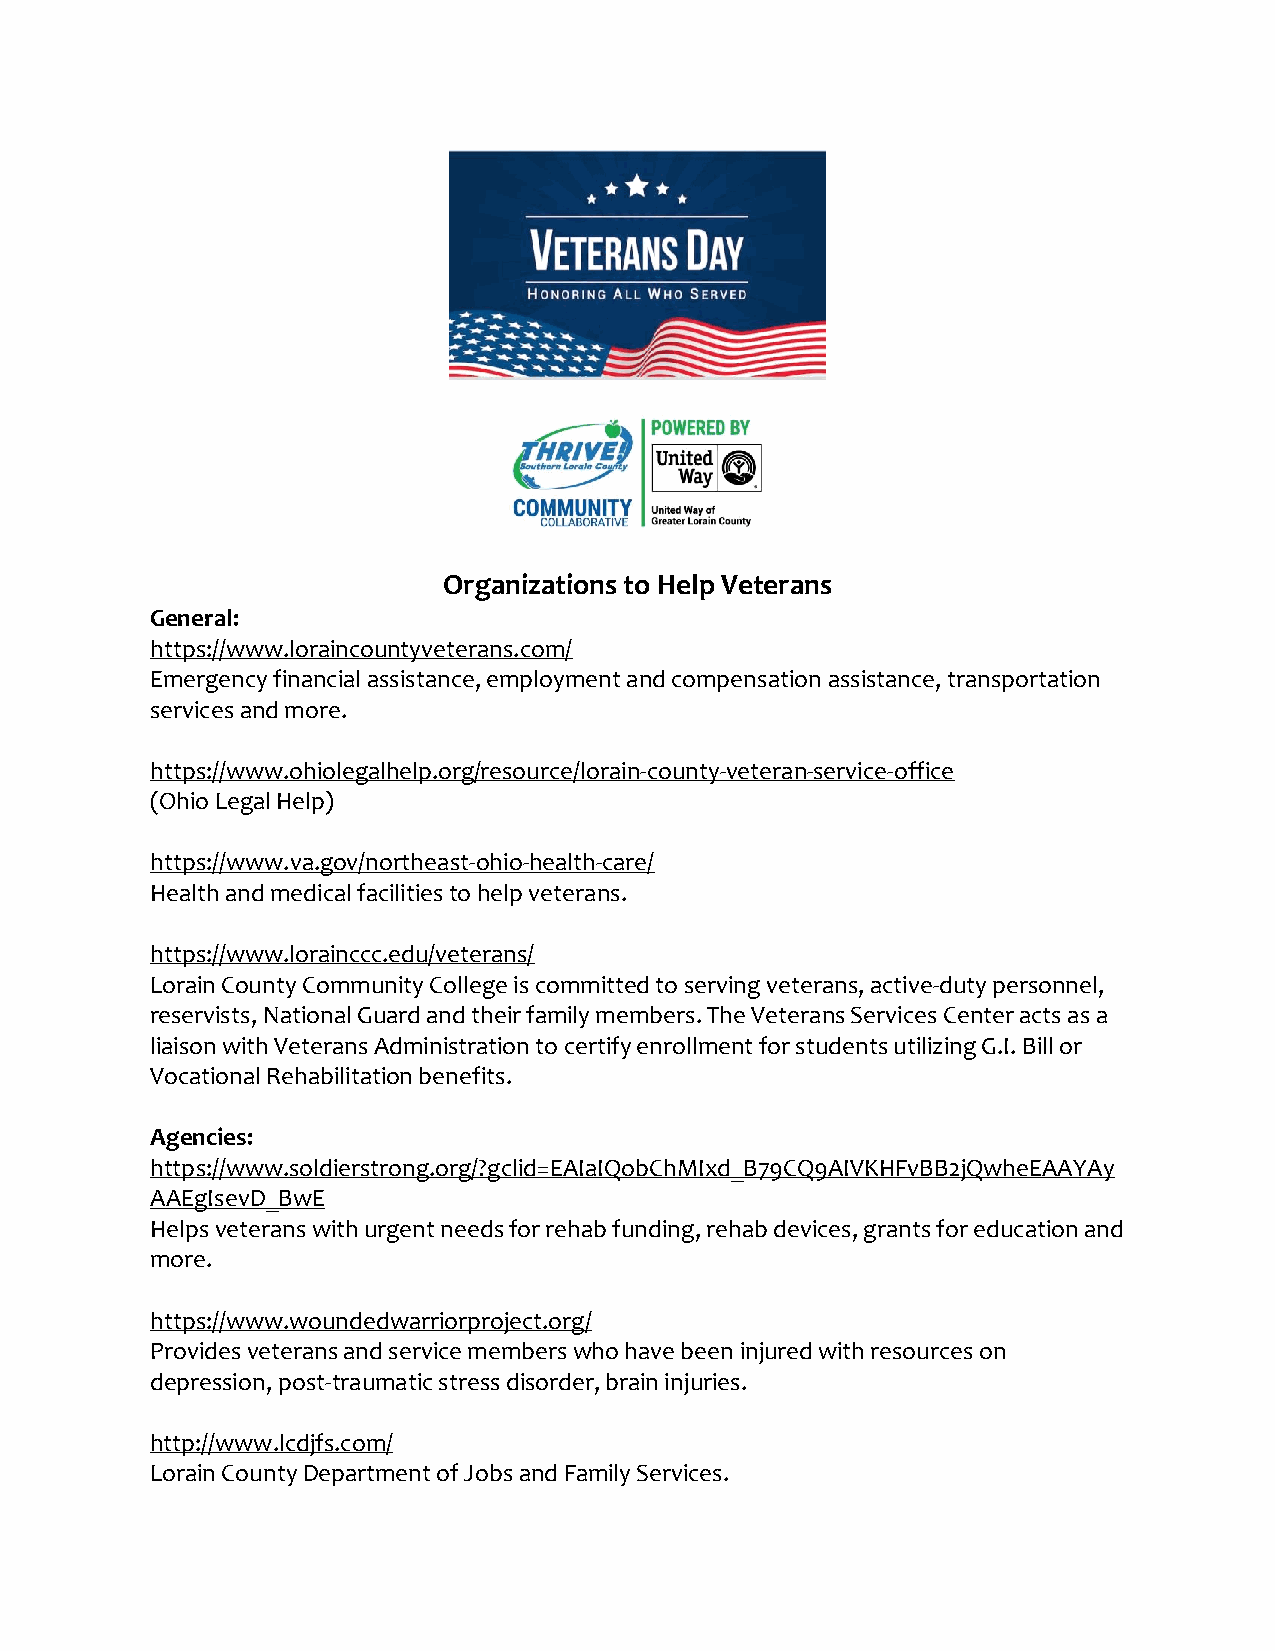
Organizations to Help Veterans
 General:
 https://www.loraincountyveterans.com/
 Emergency financial assistance, employment and compensation assistance, transportation
 services and more.
 https://www.ohiolegalhelp.org/resource/lorain-county-veteran-service-office
 (Ohio Legal Help)
 https://www.va.gov/northeast-ohio-health-care/
 Health and medical facilities to help veterans.
 https://www.lorainccc.edu/veterans/
 Lorain County Community College is committed to serving veterans, active-duty personnel,
 reservists, National Guard and their family members. The Veterans Services Center acts as a
 liaison with Veterans Administration to certify enrollment for students utilizing G.I. Bill or
 Vocational Rehabilitation benefits.
 Agencies:
 https://www.soldierstrong.org/?gclid=EAIaIQobChMIxd_B79CQ9AIVKHFvBB2jQwheEAAYAy
 AAEgIsevD_BwE
 Helps veterans with urgent needs for rehab funding, rehab devices, grants for education and
 more.
 https://www.woundedwarriorproject.org/
 Provides veterans and service members who have been injured with resources on
 depression, post-traumatic stress disorder, brain injuries.
 http://www.lcdjfs.com/
 Lorain County Department of Jobs and Family Services.